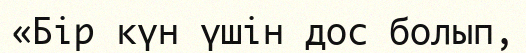
«Бір күн үшін дос болып,